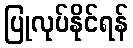
ပြုလုပ်နိုင်ရန်